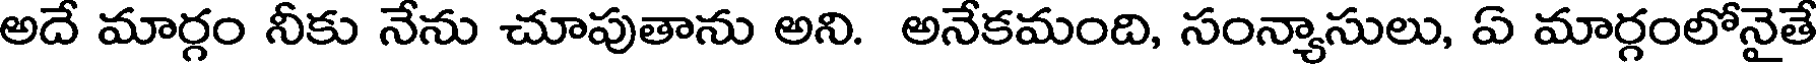
అదే మార్గం నీకు నేను చూపుతాను అని. అనేకమంది, సంన్యాసులు, ఏ మార్గంలోనైతే